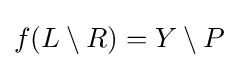
f(L\setminus R)=Y\setminus P